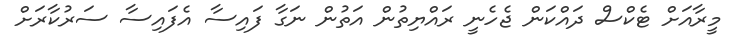
މީރާއަށް ޓެކްސް ދައްކަން ޖެހެނީ ރައްޔިތުން އަތުން ނަގާ ފައިސާ އެފައިސާ ސަރުކާރަށް